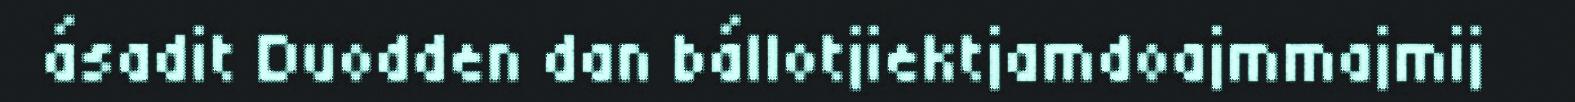
ásadit Duodden dan bállotjiektjamdoajmmajmij